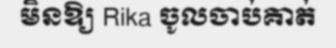
មិនឱ្យ Rika ចូលចាប់គាត់